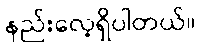
နည်းလေ့ရှိပါတယ်။